Civil Veterinary Dept. North-West Frontier Province 1901-22 - 1901-1922
Year: 1901
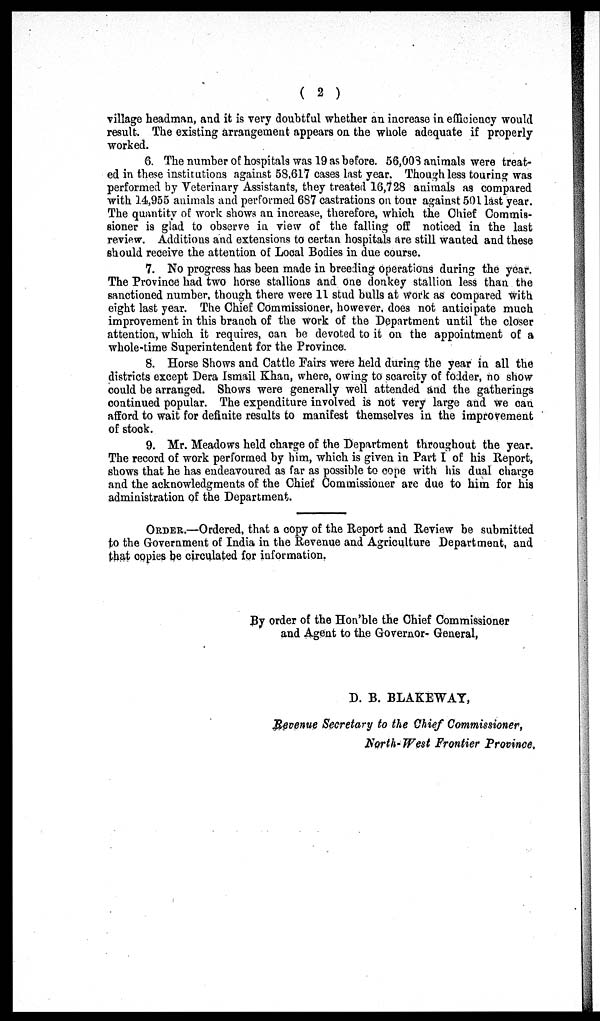
(2)
village headman, and it is very doubtful whether an increase in efficiency would
result. The existing arrangement appears on the whole adequate if properly
worked.
6. The number of hospitals was 19 as before. 56,003 animals were treat-
ed in these institutions against 58,617 cases last year. Though less touring was
performed by Veterinary Assistants, they treated 16,728 animals as compared
with 14,955 animals and performed 687 castrations on tour against 501 last year.
The quantity of work shows an increase, therefore, which the Chief Commis-
sioner is glad to observe in view of the falling off noticed in the last
review. Additions and extensions to certan hospitals are still wanted and these
should receive the attention of Local Bodies in due course.
7. No progress has been made in breeding operations during the year.
The Province had two horse stallions and one donkey stallion less than the
sanctioned number, though there were 11 stud bulls at work as compared with
eight last year. The Chief Commissioner, however, does not anticipate much
improvement in this branch of the work of the Department until the closer
attention, which it requires, can be devoted to it on the appointment of a
whole-time Superintendent for the Province.
8. Horse Shows and Cattle Fairs were held during the year in all the
districts except Dera Ismail Khan, where, owing to scarcity of fodder, no show
could be arranged. Shows were generally well attended and the gatherings
continued popular. The expenditure involved is not very large and we can
afford to wait for definite results to manifest themselves in the improvement
of stock.
9. Mr. Meadows held charge of the Department throughout the year.
The record of work performed by him, which is given in Part I of his Report,
shows that he has endeavoured as far as possible to cope with his dual charge
and the acknowledgments of the Chief Commissioner are due to him for his
administration of the Department.
ORDER.—Ordered, that a copy of the Report and Review be submitted
to the Government of India in the Revenue and Agriculture Department, and
that copies be circulated for information.
By order of the Hon'ble the Chief Commissioner
and Agent to the Governor- General,
D. B. BLAKEWAY,
Revenue Secretary to the Chief Commissioner,
North-West Frontier Province.